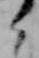
く